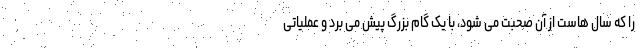
را که سال هاست از آن صحبت می شود، با یک گام بزرگ پیش می برد و عملیاتی